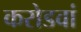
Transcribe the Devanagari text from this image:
करोडवां